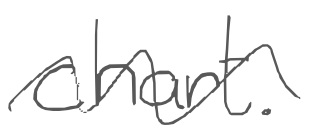
Text: chart.
Cross-out: wave
Writing tool: digital_gray